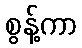
စွန့်ကာ